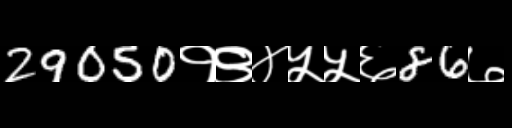
Text: 29050१९४५५६86७